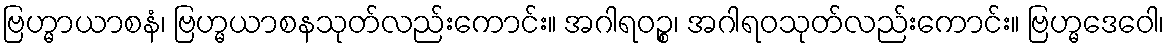
ဗြဟ္မာယာစနံ၊ ဗြဟ္မယာစနသုတ်လည်းကောင်း။ အဂါရဝဉ္စ၊ အဂါရဝသုတ်လည်းကောင်း။ ဗြဟ္မဒေဝေါ၊